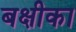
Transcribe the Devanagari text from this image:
बक्षीका